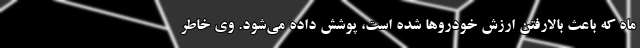
ماه که باعث بالارفتن ارزش خودروها شده است، پوشش داده می‌شود. وی خاطر